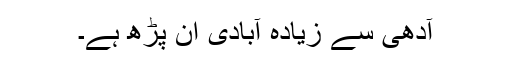
آدھی سے زیادہ آبادی ان پڑھ ہے۔